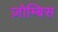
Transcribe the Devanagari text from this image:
ज़ोम्बिस